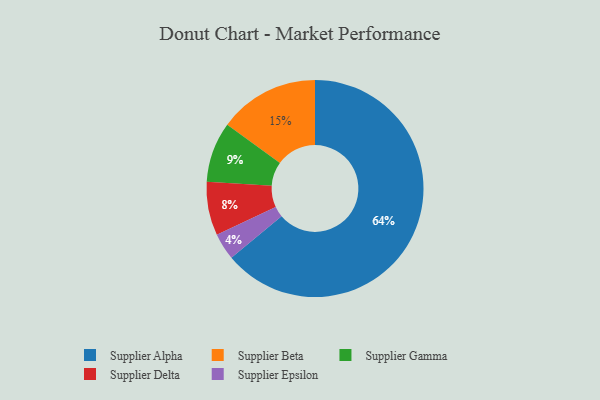
{"axis": {"x": "Category", "y": "Percentage"}, "legend": ["Supplier Alpha", "Supplier Beta", "Supplier Delta", "Supplier Epsilon", "Supplier Gamma"], "data": [{"x": "Supplier Beta", "y": 15, "type": "Supplier Beta"}, {"x": "Supplier Gamma", "y": 9, "type": "Supplier Gamma"}, {"x": "Supplier Epsilon", "y": 4, "type": "Supplier Epsilon"}, {"x": "Supplier Delta", "y": 8, "type": "Supplier Delta"}, {"x": "Supplier Alpha", "y": 64, "type": "Supplier Alpha"}]}